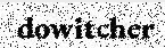
dowitcher